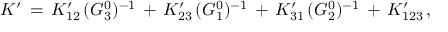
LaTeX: K ^ { \prime } \, = \, K _ { 1 2 } ^ { \prime } \, ( G _ { 3 } ^ { 0 } ) ^ { - 1 } \, + \, K _ { 2 3 } ^ { \prime } \, ( G _ { 1 } ^ { 0 } ) ^ { - 1 } \, + \, K _ { 3 1 } ^ { \prime } \, ( G _ { 2 } ^ { 0 } ) ^ { - 1 } \, + \, K _ { 1 2 3 } ^ { \prime } \, ,